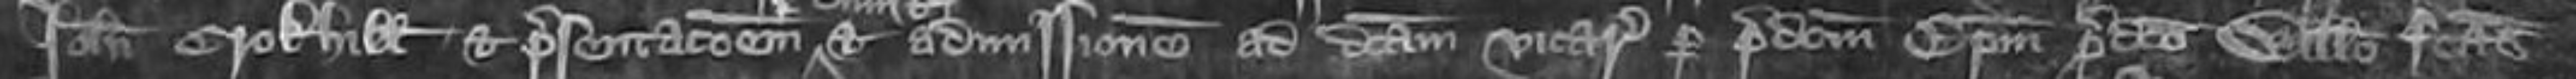
Johanni Crokhill et presentationem et admissione ad dictam vicariam per predictum Episcopum predicto Willelmo factas